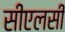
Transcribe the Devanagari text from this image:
सीएलसी